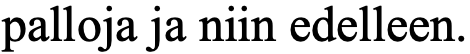
palloja ja niin edelleen.